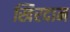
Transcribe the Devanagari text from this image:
खिरदान